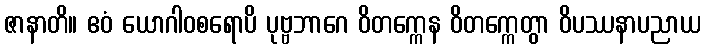
ဇာနာတိ။ ဧဝံ ယောဂါဝစရောပိ ပုဗ္ဗဘာဂေ ဝိတက္ကေန ဝိတက္ကေတွာ ဝိပဿနာပညာယ